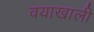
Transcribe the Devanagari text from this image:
वयाखाली